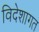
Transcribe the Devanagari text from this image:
विदेशागत